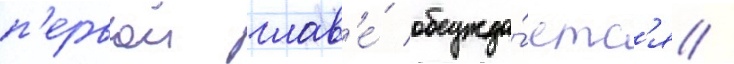
п'ервои глав'е́ обсужда́етс'я /